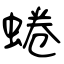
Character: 蜷